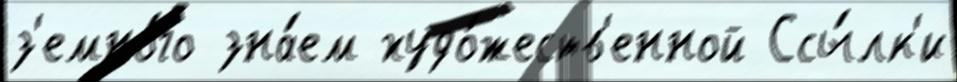
з'емно́го зна́ем худо́жеств'енной Ссы́лк'и